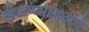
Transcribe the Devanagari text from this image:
खेळण्यासाठीचे